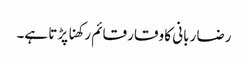
رضا ربانی کا وقار قائم رکھنا پڑتا ہے۔